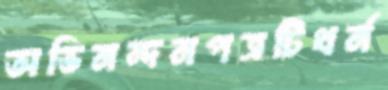
অভিনন্দনপত্রটিথর্ন